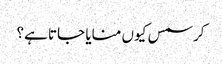
کرسمس کیوں منایا جاتا ہے؟